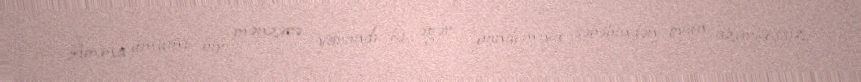
Amma ümumi bir mənzərə yarandı ki, əgər pandemiya səbəbindən oyun azarkeşsiz